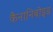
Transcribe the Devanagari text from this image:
कैनानिबोइड